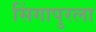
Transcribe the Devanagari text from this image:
सिंगापुरला